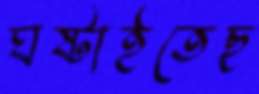
ঘষ্‌টাইতেছ